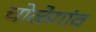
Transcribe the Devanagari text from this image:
चोळेगांव